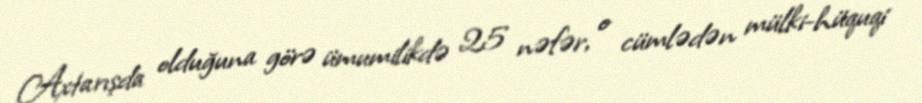
Axtarışda olduğuna görə ümumilikdə 25 nəfər, o cümlədən mülki-hüquqi